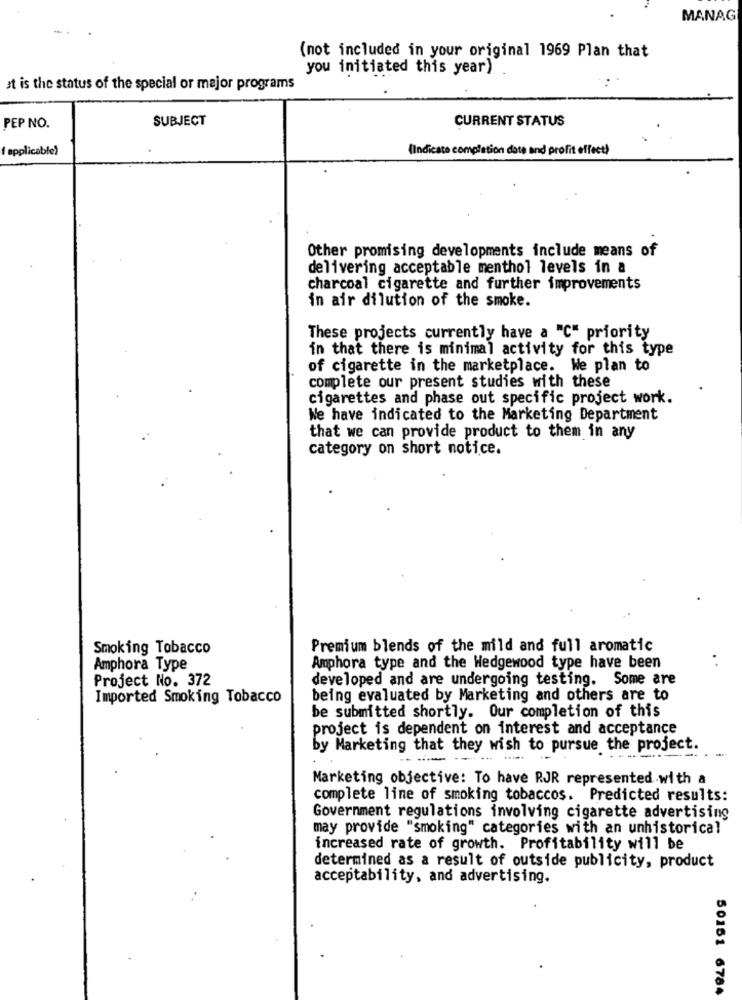
MANAG
(not included in your original 1969 Plan that
you initiated this year)
at is the status of the special or major programs
PEP NO.
SUBJECT
CURRENT STATUS
applicable)
(Indicate completion date and profit effect)
Other promising developments include means of
delivering acceptable menthol levels in a
charcoal cigarette and further improvements
in air dilution of the smoke.
These projects currently have a "C" priority
in that there is minimal activity for this type
of cigarette in the marketplace. We plan to
complete our present studies with these
cigarettes and phase out specific project work.
We have indicated to the Marketing Department
that we can provide product to them in any
category on short notice.
Smoking Tobacco
Premium blends of the mild and full aromatic
Amphora Type
Amphora type and the Wedgewood type have been
Project No. 372
developed and are undergoing testing. Some are
Imported Smoking Tobacco
being evaluated by Marketing and others are to
be submitted shortly. Our completion of this
project is dependent on interest and acceptance
by Marketing that they wish to pursue the project.
......
Marketing objective: To have RJR represented with a
complete line of smoking tobaccos. Predicted results:
Government regulations involving cigarette advertising
may provide "smoking" categories with an unhistorical
increased rate of growth. Profitability will be
determined as a result of outside publicity, product
acceptability, and advertising.
50151 6784